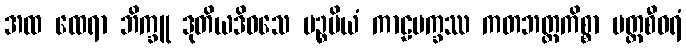
အထ ထေရာ ဘိက္ခူ ဒုတိယဒိဝသေ ပဉ္စမိယံ ကာဠပက္ခဿ ကတဘတ္တကိစ္စာ ပတ္တစီဝရံ